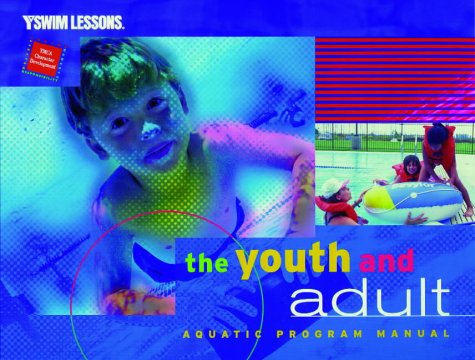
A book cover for The Youth and Adult Aquatics Program Manual (YMCA Swim Lessons); YMCA of the USA; Sports & Outdoors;